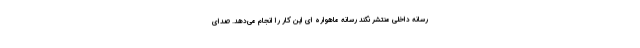
رسانه داخلی منتشر نکند رسانه ماهواره ای این کار را انجام می‌دهد. صدای